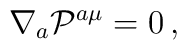
\nabla_a {\cal P}^{a\mu} = 0\,,